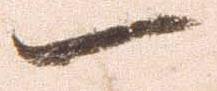
一